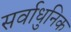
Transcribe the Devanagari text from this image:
सर्वाधुनिक